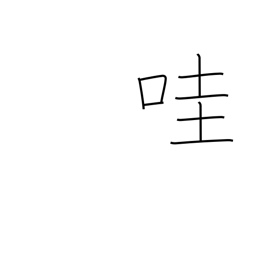
Meaning: laughing child's voice